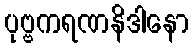
ပုဗ္ဗကရဏနိဒါနော